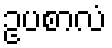
ဥပစာလံ